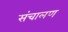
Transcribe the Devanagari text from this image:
संचालण